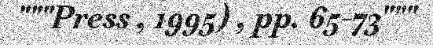
"""Press , 1995) , pp. 65-73"""